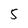
Character: 5